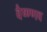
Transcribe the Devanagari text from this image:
वैष्ण्णव